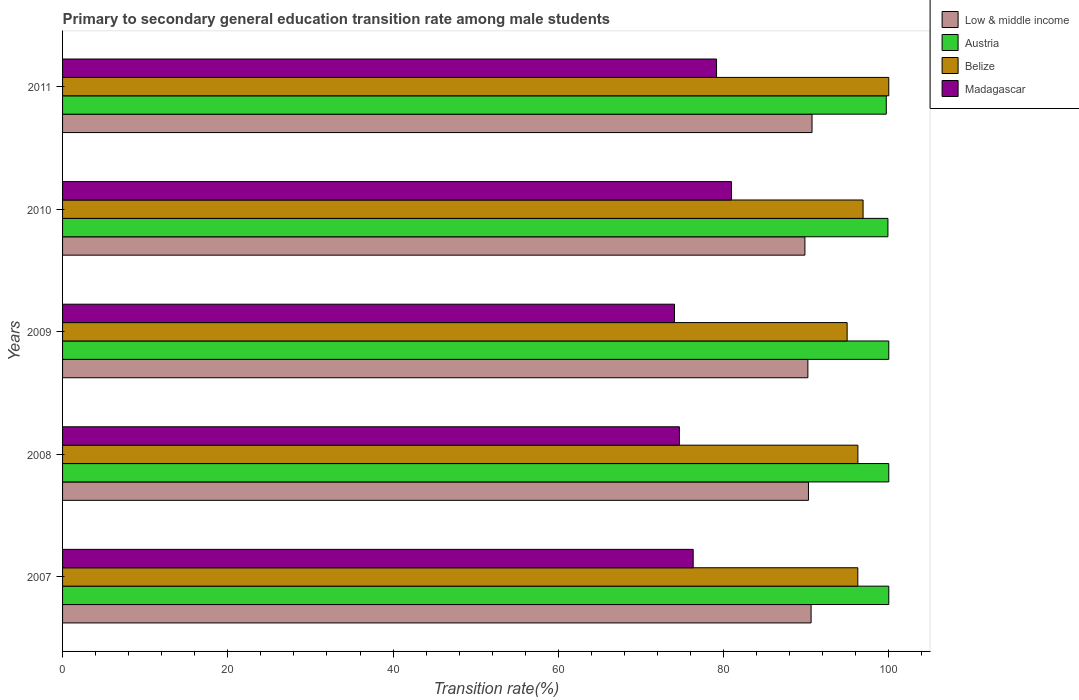
| Years | Low & middle income | Austria | Belize | Madagascar |
 | --- | --- | --- | --- | --- |
 | 2007 | 90.6 | 100 | 96.3 | 76.3 |
 | 2008 | 90.3 | 100 | 96.3 | 74.7 |
 | 2009 | 90.2 | 100 | 95 | 74.1 |
 | 2010 | 89.8 | 99.9 | 96.9 | 81 |
 | 2011 | 90.7 | 99.7 | 100 | 79.2 |